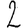
Digit: 2